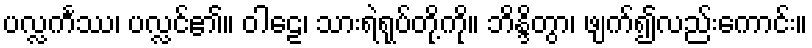
ပလ္လင်္ကဿ၊ ပလ္လင်၏။ ဝါဠေ၊ သားရဲရုပ်တို့ကို။ ဘိန္ဒိတွာ၊ ဖျက်၍လည်းကောင်း။